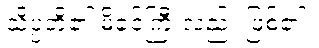
သိပ္ပံတို့၏ မိခင်ကြီးလည်း ဖြစ်၏။